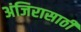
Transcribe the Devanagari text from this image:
अंजिरासाठी